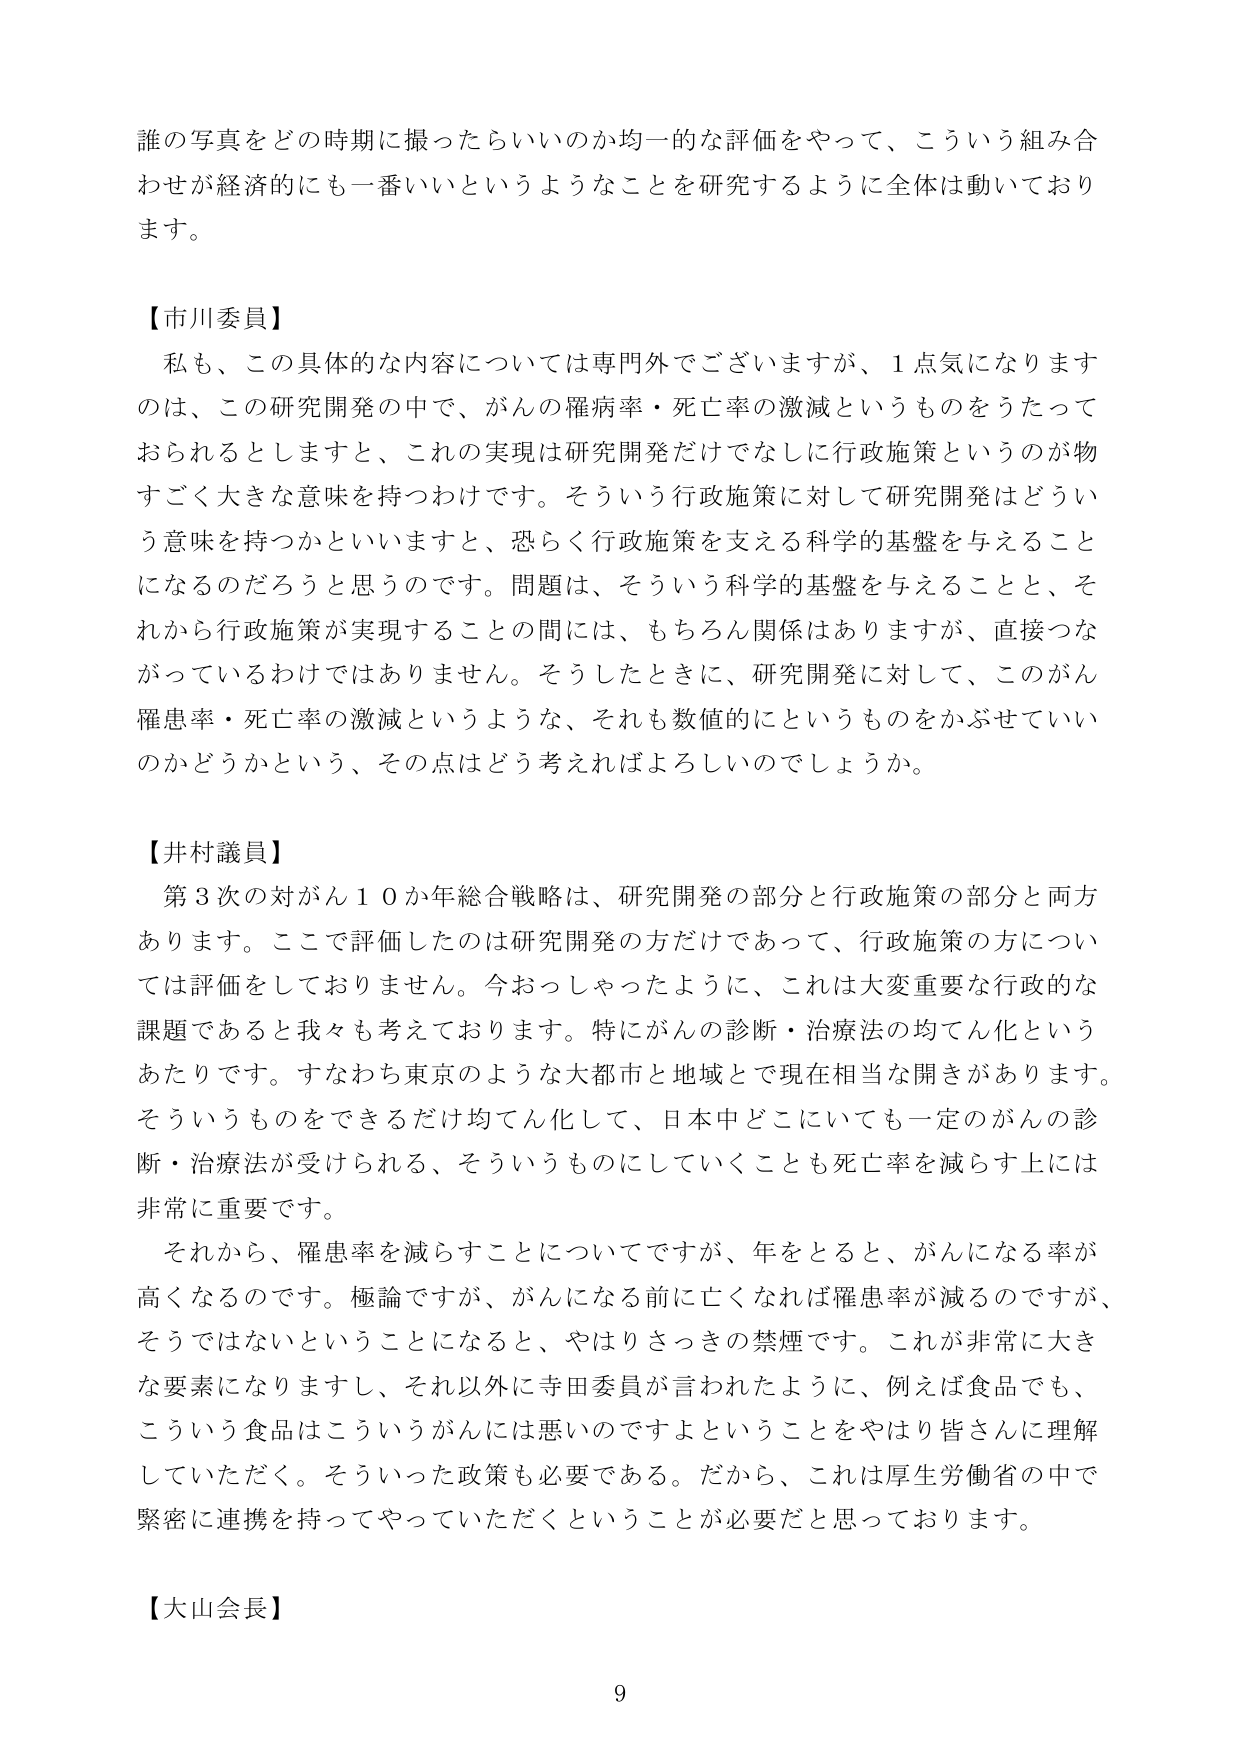
誰の写真をどの時期に撮ったらいいのか均一的な評価をやって、こういう組み合わせが経済的にも一番いいというようなことを研究するように全体は動いております。

【市川委員】
私も、この具体的な内容については専門外でございますが、1点気になりますのは、この研究開発の中で、がんの罹患率・死亡率の激減というものをうたっておられるとしますと、これの実現は研究開発だけではなく行政施策というのが物すごく大きな意味を持つわけです。そういう行政施策に対して研究開発はどういう意味を持つかといいますと、恐らく行政施策を支える科学的基盤を与えることになるのだろうと思うのです。問題は、そういう科学的基盤を与えることと、それから行政施策が実現することの間には、もちろん関係はありますが、直接つながっているわけではありません。そうしたときに、研究開発に対して、このがん罹患率・死亡率の激減というような、それも数値的にというものをかぶせているのかどうかという、その点はどう考えればよろしいのでしょうか。

【井村議員】
第3次の対がん10か年総合戦略は、研究開発の部分と行政施策の部分と両方あります。ここで評価したのは研究開発の方だけであって、行政施策の方については評価をしておりません。今おっしゃったように、これは大変重要な行政的な課題であると我々も考えております。特にがんの診断・治療法の均てん化というあたりです。すなわち東京のような大都市と地域とで現在相当な開きがあります。そういうものをできるだけ均てん化して、日本中どこにいても一定のがんの診断・治療法が受けられる、そういうものにしていくことも死亡率を減らす上には非常に重要です。
それから、罹患率を減らすことについてですが、年をとると、がんになる率が高くなるのです。極論ですが、がんになる前に亡くなれば罹患率が減るのですが、そうではないということになると、やはりさっきの禁煙です。これが非常に大きな要素になりますし、それ以外に寺田委員が言われたように、例えば食品でも、こういう食品はこういうがんには悪いのですよということをやはり皆さんに理解していただく。そういった政策も必要である。だから、これは厚生労働省の中で緊密に連携を持ってやっていただくということが必要だと思っております。

【大山会長】
9